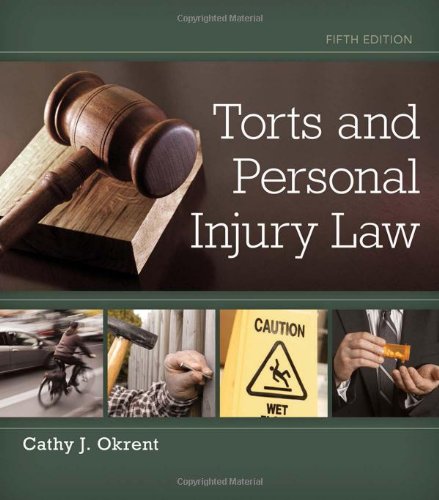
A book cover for Torts and Personal Injury Law; Cathy Okrent; Law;